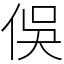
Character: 俁